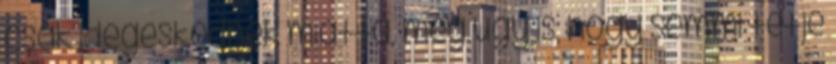
csak idegeskednék miatta, még úgy is, hogy semmi tétje